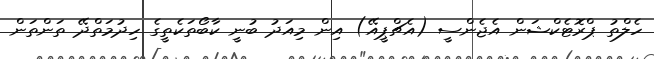
ހެލްތު ޕްރޮޓެކްޝަން އެޖެންސީ (އެޗްޕީއޭ) އިން މިއަދު ބުނީ ކާބޯތަކެތީގެ ހިދުމަތްދޭ ތަންތަން